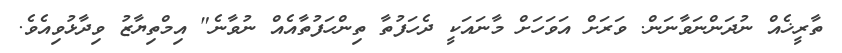
ތާރީޚެއް ނުދަންނަވާނަން. ވަރަށް އަވަހަށް މާނައަކީ ދެހަފުތާ ތިންހަފުތާއެއް ނުވާނެ" އިމްތިޔާޒު ވިދާޅުވިއެވެ.